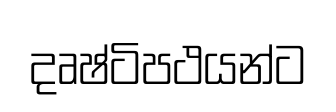
දෘෂ්ටිපථයන්ට